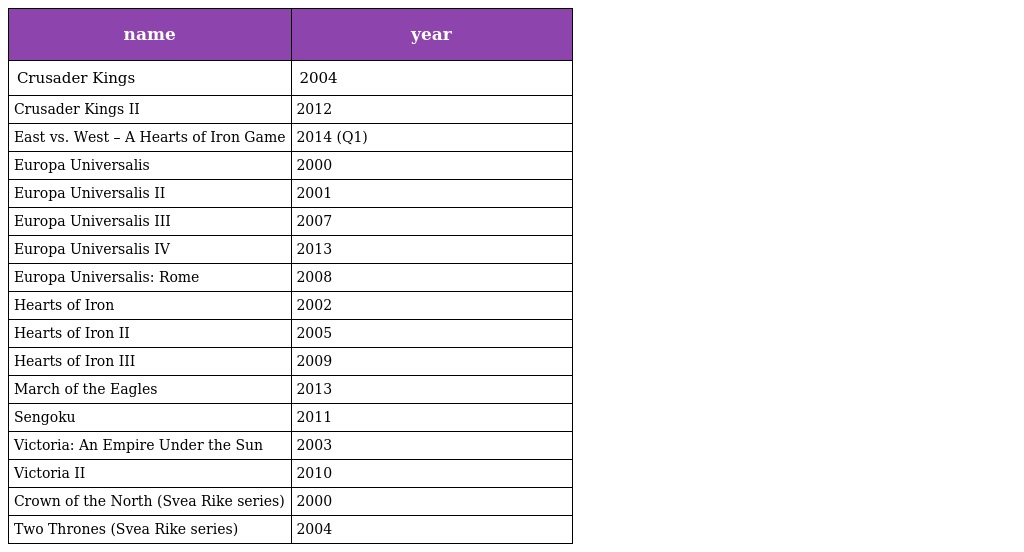
| name | year |
 | --- | --- |
 | Crusader Kings | 2004 |
 | Crusader Kings II | 2012 |
 | East vs. West – A Hearts of Iron Game | 2014 (Q1) |
 | Europa Universalis | 2000 |
 | Europa Universalis II | 2001 |
 | Europa Universalis III | 2007 |
 | Europa Universalis IV | 2013 |
 | Europa Universalis: Rome | 2008 |
 | Hearts of Iron | 2002 |
 | Hearts of Iron II | 2005 |
 | Hearts of Iron III | 2009 |
 | March of the Eagles | 2013 |
 | Sengoku | 2011 |
 | Victoria: An Empire Under the Sun | 2003 |
 | Victoria II | 2010 |
 | Crown of the North (Svea Rike series) | 2000 |
 | Two Thrones (Svea Rike series) | 2004 |